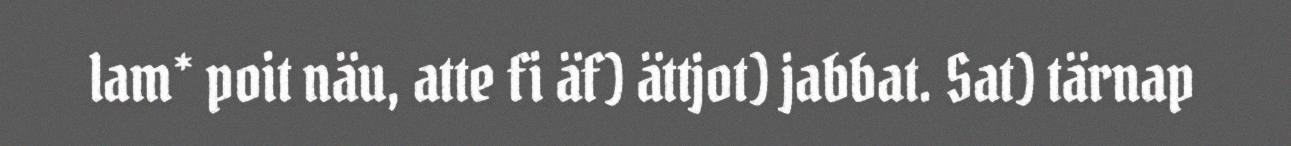
lam* poit näu, atte fi äf) ättjot) jabbat. Sat) tärnap